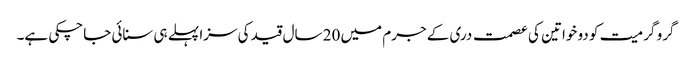
گرو گرمیت کو دو خواتین کی عصمت دری کے جرم میں 20 سال قید کی سزا پہلے ہی سنائی جاچکی ہے۔